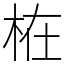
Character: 𣑊